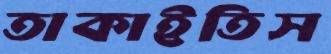
তাকাইতিস